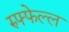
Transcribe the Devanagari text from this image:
रुफ्फेल्ल